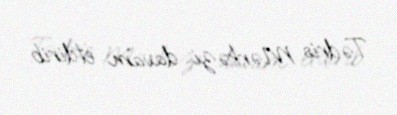
Tədris Mərkəzi davam etdirib.